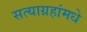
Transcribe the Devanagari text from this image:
सत्याग्रहांमधे